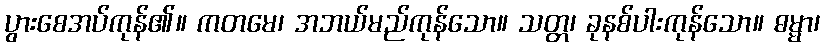
ပွားစေအပ်ကုန်၏။ ကတမေ၊ အဘယ်မည်ကုန်သော။ သတ္တ၊ ခုနစ်ပါးကုန်သော။ ဓမ္မာ၊